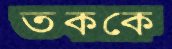
ত্বককে